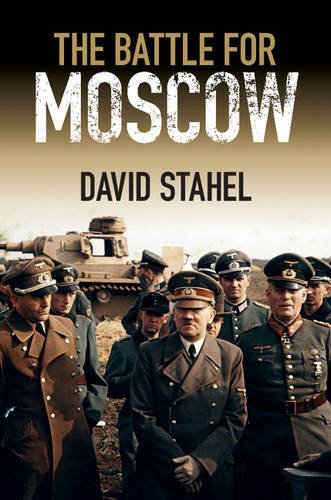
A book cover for The Battle for Moscow; David Stahel; History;